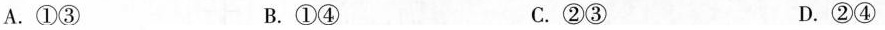
A.①③ B.①④ C.②③ D.②④